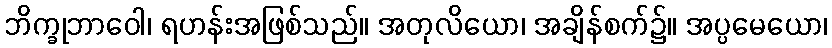
ဘိက္ခုဘာဝေါ၊ ရဟန်းအဖြစ်သည်။ အတုလိယော၊ အချိန်စက်၌။ အပ္ပမေယော၊